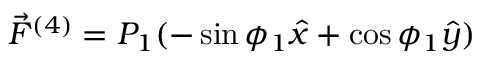
\vec { F } ^ { ( 4 ) } = P _ { 1 } ( - \sin \phi _ { 1 } \hat { x } + \cos \phi _ { 1 } \hat { y } )